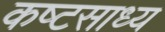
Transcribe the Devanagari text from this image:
कष्‍टसाध्‍य